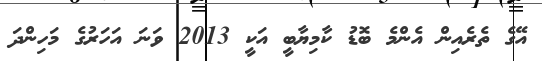
އޭގެ ތެރެއިން އެންމެ ބޮޑު ކާމިޔާބީ އަކީ 2013 ވަނަ އަހަރުގެ މަހިންދަ